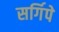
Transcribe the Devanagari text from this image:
सर्गिपे